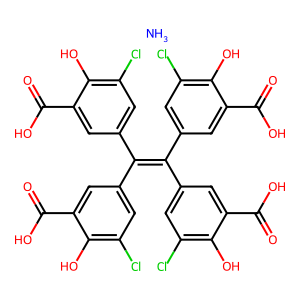
SMILES: N.O=C(O)c1cc(C(=C(c2cc(Cl)c(O)c(C(=O)O)c2)c2cc(Cl)c(O)c(C(=O)O)c2)c2cc(Cl)c(O)c(C(=O)O)c2)cc(Cl)c1O
Inhibits HIV replication: Yes